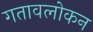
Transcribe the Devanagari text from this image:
गतावलोकन